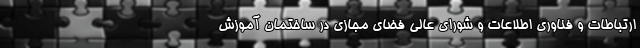
ارتباطات و فناوری اطلاعات و شورای عالی فضای مجازی در ساختمان آموزش